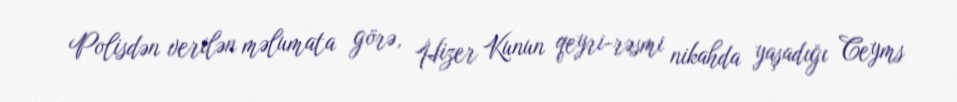
Polisdən verilən məlumata görə, Hizer Kunun qeyri-rəsmi nikahda yaşadığı Ceyms